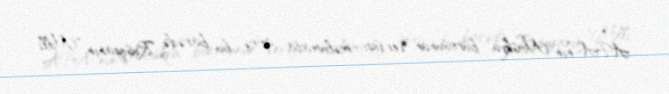
APA-nın Moskva bürosunun verdiyi məlumata görə, bu barədə Rusiyanın "Milli